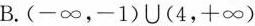
B.$$(-\infty，-1)\cup (4，+\infty)$$